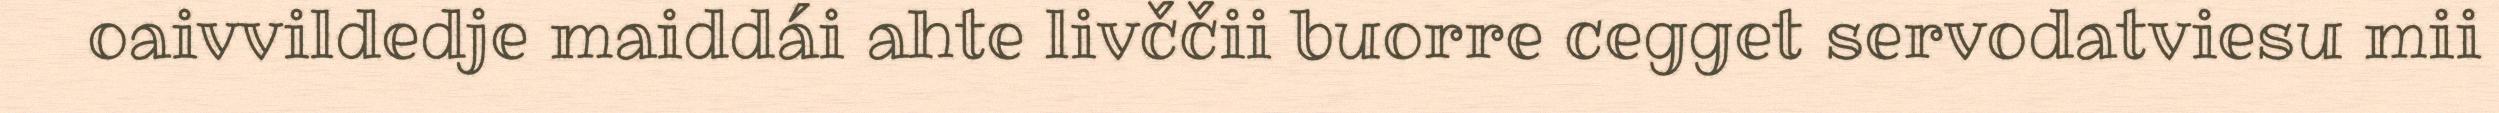
oaivvildedje maiddái ahte livččii buorre cegget servodatviesu mii